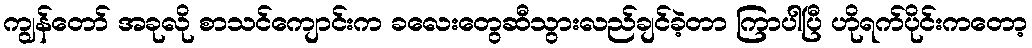
ကျွန်တော် အခုလို စာသင်ကျောင်းက ခလေးတွေဆီသွားလည်ချင်ခဲ့တာ ကြာပါပြီ ဟိုရက်ပိုင်းကတော့